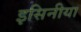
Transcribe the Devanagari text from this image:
इसिनीया